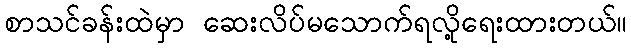
စာသင်ခန်းထဲမှာ ဆေးလိပ်မသောက်ရလို့ရေးထားတယ်။